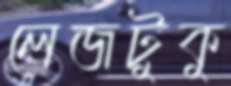
লেজটুকু